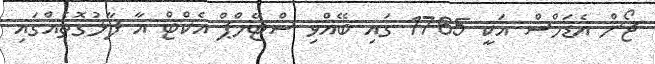
ޖޯން އެޑަމްސް އަކީ 1765 ގައި ބޭއްވި ސްޓޭމްޕް އެކްޓް އާ ފާޅުގޮތެއްގައި